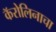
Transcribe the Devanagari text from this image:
कॅरोलिनाचा